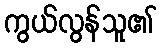
ကွယ်လွန်သူ၏